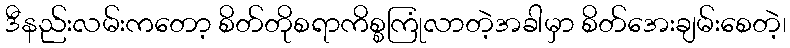
ဒီနည်းလမ်းကတော့ စိတ်တိုစရာကိစ္စကြုံလာတဲ့အခါမှာ စိတ်အေးချမ်းစေတဲ့၊